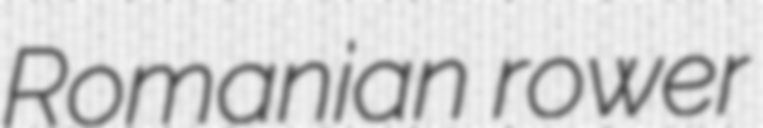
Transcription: Romanian rower